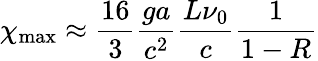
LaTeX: \chi_{\mathrm{max}}\approx\frac{16}{3}\frac{ga}{c^{2}}\frac{L\nu_{0}}{c}\frac{1}{1-R}